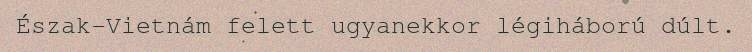
Észak-Vietnám felett ugyanekkor légiháború dúlt.